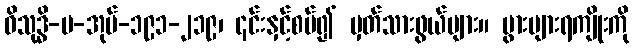
ဝိသုဒ္ဓိ-ပ-အုပ်-၁၉၁-၂၁၉၊ ၎င်းနှင့်စပ်၍ မှတ်သားဖွယ်များ။ ပွားများရကျိုးကို